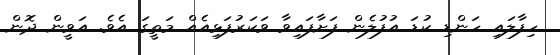
ހިފާލައި ހަންޑި ކުޑަ އުފުލެން ފަށާފައިވާ ވަކަރުފަޅިއެއް މަތީގަ އެވެ. އަވީން ދޮން